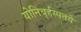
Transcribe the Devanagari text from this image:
योनिबृर्हस्पतये